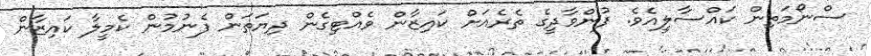
ސްނޯމަތިން ކައްސާލީއެވެ. ފުންވާދީގެ ތެރެއަށް ކައިޒާން ވެއްޓިގެން ދިޔަތަން ފެނުމުން ކެމީލާ ކައިޒާން